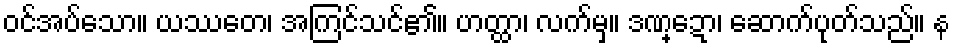
ဝင်အပ်သော။ ယဿတေ၊ အကြင်သင်၏။ ဟတ္ထာ၊ လက်မှ။ ဒဏ္ဍော၊ ဆောက်ပုတ်သည်။ န